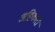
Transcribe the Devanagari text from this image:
अहिकारो